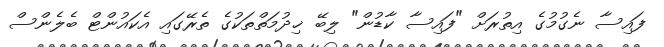
ފައިސާ ނެގުމުގެ އިތުރަށް "ފައިސާ ކާޑުން" ލިބޭ ޚިދުމަތްތަކުގެ ތެރޭގައި އެކައުންޓް ބެލެންސް